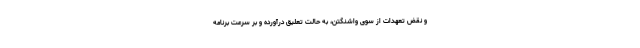
و نقض تعهدات از سوی واشنگتن، به حالت تعلیق درآورده و بر سرعت برنامه